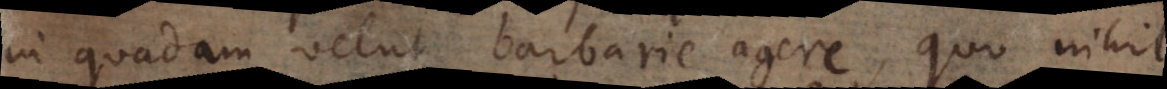
in quadam velut barbarie agere, quo nihil